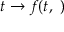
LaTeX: t \to f ( t , \ )